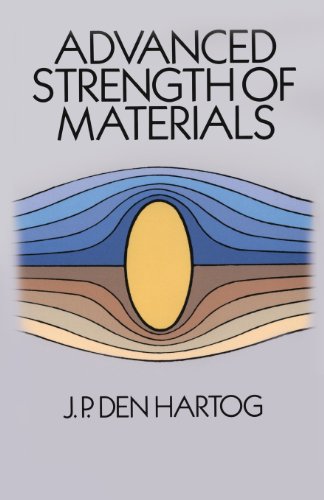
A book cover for Advanced Strength of Materials (Dover Civil and Mechanical Engineering); J. P. Den Hartog; Science & Math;